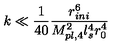
k \ll \frac { 1 } { 4 0 } \frac { r _ { i n i } ^ { 6 } } { M _ { p l , 4 } ^ { 2 } l _ { s } ^ { 4 } r _ { 0 } ^ { 4 } }